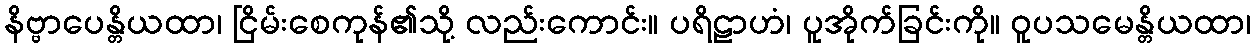
နိဗ္ဗာပေန္တိယထာ၊ ငြိမ်းစေကုန်၏သို့ လည်းကောင်း။ ပရိဠာဟံ၊ ပူအိုက်ခြင်းကို။ ဝူပသမေန္တိယထာ၊